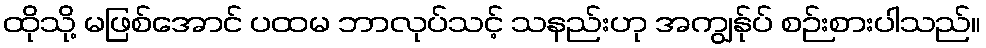
ထိုသို့ မဖြစ်အောင် ပထမ ဘာလုပ်သင့် သနည်းဟု အကျွန်ုပ် စဉ်းစားပါသည်။